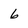
Character: 6